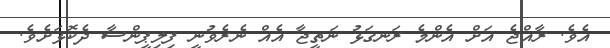
އެވެ. ރާއްޖެ އަށް އެންމެ ރަނގަޅު ނަތީޖާ އެއް ނެރެވުނީ ފިލިޕީންސާ ދެކޮޅަށެވެ.